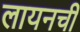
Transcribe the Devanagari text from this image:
लायनची